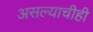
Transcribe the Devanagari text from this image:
असल्याचीही